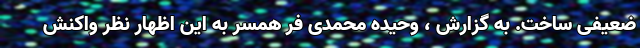
ضعیفی ساخت. به گزارش ، وحیده محمدی فر همسر به این اظهار نظر واکنش